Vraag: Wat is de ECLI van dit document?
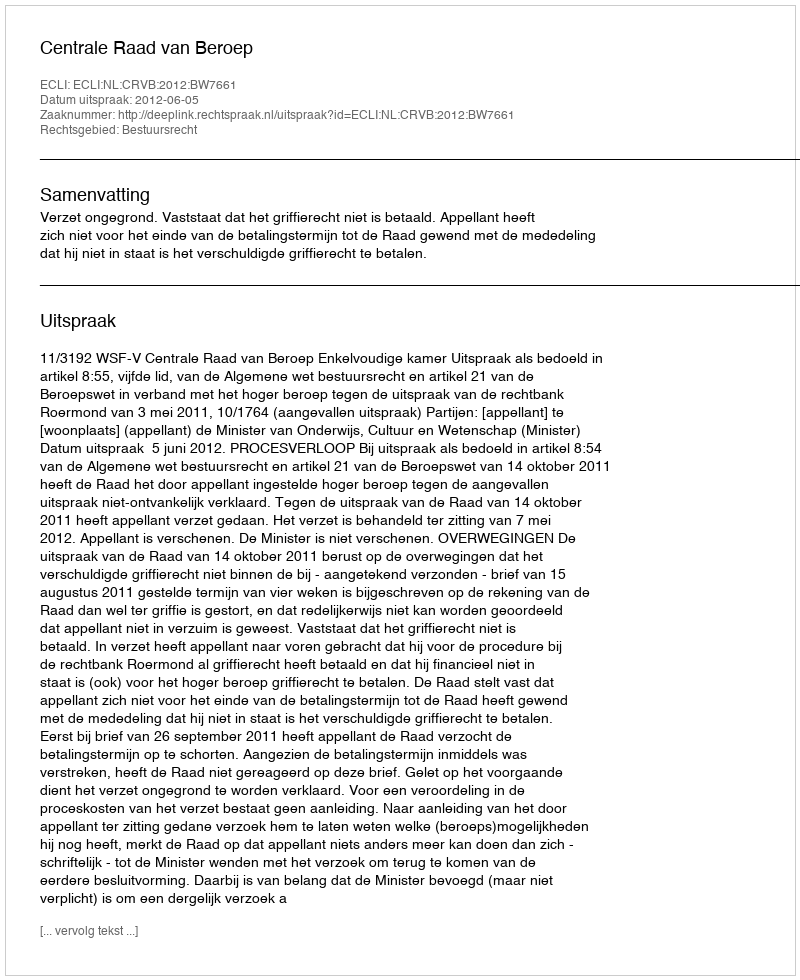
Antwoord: ECLI:NL:CRVB:2012:BW7661